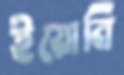
ইয়োনি